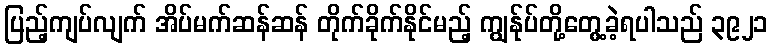
ပြည့်ကျပ်လျက် အိပ်မက်ဆန်ဆန် တိုက်ခိုက်နိုင်မည့် ကျွန်ုပ်တို့တွေ့ခဲ့ရပါသည် ၃၉၂၁